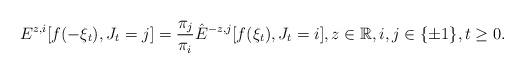
LaTeX: \begin{align*}E^{z,i}[f(-\xi_t), J_t = j] = \frac{\pi_j}{\pi_i}\hat{E}^{-z, j}[f(\xi_t), J_t = i], z\in\mathbb{R}, i,j\in\{\pm 1\}, t\geq 0.\end{align*}